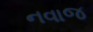
નવાજ